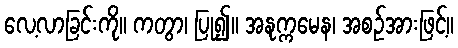
လေ့လာခြင်းကို။ ကတွာ၊ ပြု၍။ အနုက္ကမေန၊ အစဉ်အားဖြင့်။